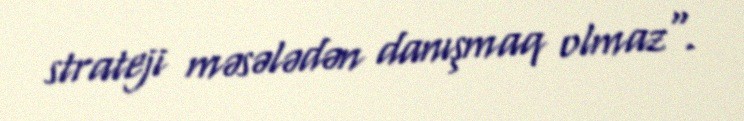
strateji məsələdən danışmaq olmaz".